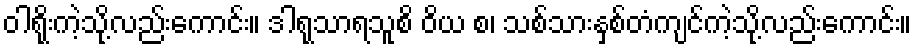
ဝါရိုးကဲ့သို့လည်းကောင်း။ ဒါရုသာရသူစိ ဝိယ စ၊ သစ်သားနှစ်တံကျင်ကဲ့သို့လည်းကောင်း။